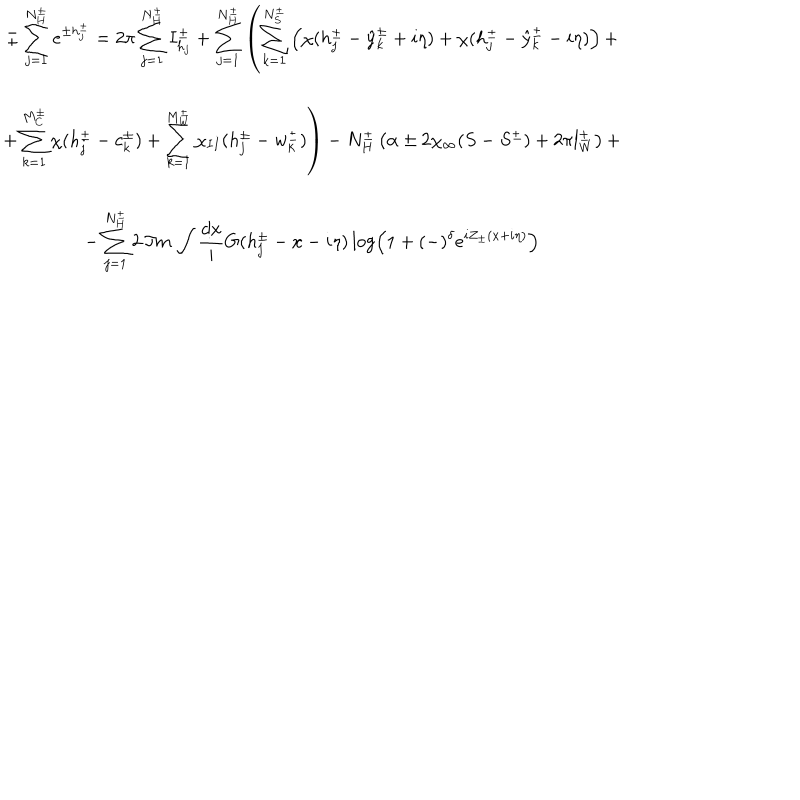
LaTeX: \begin{array} { c } { { \pm \displaystyle \sum _ { j = 1 } ^ { N _ { H } ^ { \pm } } e ^ { \pm h _ { j } ^ { \pm } } = 2 \pi \displaystyle \sum _ { j = 1 } ^ { N _ { H } ^ { \pm } } I _ { h _ { j } } ^ { \pm } + \displaystyle \sum _ { j = 1 } ^ { N _ { H } ^ { \pm } } \left( \displaystyle \sum _ { k = 1 } ^ { N _ { S } ^ { \pm } } \left( \chi ( h _ { j } ^ { \pm } - \hat { y } _ { k } ^ { \pm } + i \eta ) + \chi ( h _ { j } ^ { \pm } - \hat { y } _ { k } ^ { \pm } - i \eta ) \right) + \right. } } \\ { { \left. + \displaystyle \sum _ { k = 1 } ^ { M _ { C } ^ { \pm } } \chi ( h _ { j } ^ { \pm } - c _ { k } ^ { \pm } ) + \displaystyle \sum _ { k = 1 } ^ { M _ { W } ^ { \pm } } \chi _ { I I } ( h _ { j } ^ { \pm } - w _ { k } ^ { \pm } ) \right) - N _ { H } ^ { \pm } \left( \alpha \pm 2 \chi _ { \infty } ( S - S ^ { \pm } ) + 2 \pi l _ { W } ^ { \pm } \right) + } } \\ { { - \displaystyle \sum _ { j = 1 } ^ { N _ { H } ^ { \pm } } 2 \, \Im m \, \displaystyle \int \displaystyle \frac { d x } { i } G ( h _ { j } ^ { \pm } - x - i \eta ) \log \left( 1 + ( - ) ^ { \delta } e ^ { i Z _ { \pm } ( x + i \eta ) } \right) } } \\ \end{array}